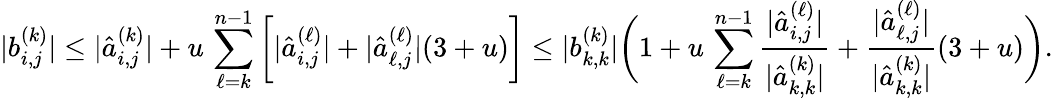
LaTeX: |b_{i,j}^{(k)}|\le|\hat{a}_{i,j}^{(k)}|+u\, \sum_{\ell=k}^{n-1}\bigg[|\hat{a}_{i,j}^{(\ell)}|+|\hat{a}_{\ell,j}^{(\ell)}|(3+u)\bigg]\le|b_{k,k}^{(k)}|\bigg(1+u\, \sum_{\ell=k}^{n-1}\frac{|\hat{a}_{i,j}^{(\ell)}|}{|\hat{a}_{k,k}^{(k)}|}+\frac{|\hat{a}_{\ell,j}^{(\ell)}|}{|\hat{a}_{k,k}^{(k)}|}(3+u)\bigg).